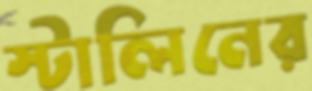
স্টালিনের